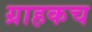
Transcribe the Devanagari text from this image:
ग्राहकच